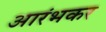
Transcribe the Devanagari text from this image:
आरंभकर